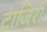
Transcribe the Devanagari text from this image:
टाजिरी